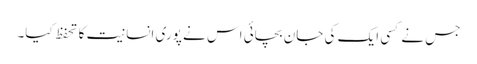
جس نے کسی ایک کی جان بچائی اس نے پوری انسانیت کا تحفظ کیا۔